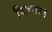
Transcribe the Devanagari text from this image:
विचार॥